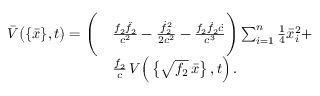
\begin{array} { r l } { \bar { V } \big ( \{ \bar { x } \} , t \big ) = \Bigg ( } & { \frac { f _ { 2 } \ddot { f } _ { 2 } } { c ^ { 2 } } - \frac { \dot { f } _ { 2 } ^ { 2 } } { 2 c ^ { 2 } } - \frac { f _ { 2 } \dot { f } _ { 2 } \dot { c } } { c ^ { 3 } } \Bigg ) \sum _ { i = 1 } ^ { n } { \textstyle \frac { 1 } { 4 } } \bar { x } _ { i } ^ { 2 } + } \\ & { \frac { f _ { 2 } } { c } \, V \Big ( \left\{ \sqrt { f _ { 2 } } \, \bar { x } \right\} , t \Big ) \, . } \end{array}